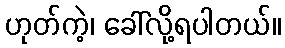
ဟုတ်ကဲ့၊ ခေါ်လို့ရပါတယ်။